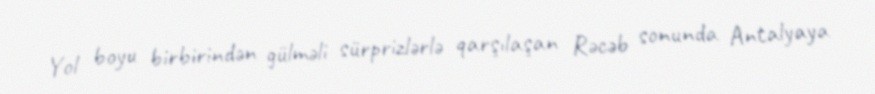
Yol boyu birbirindən gülməli sürprizlərlə qarşılaşan Rəcəb sonunda Antalyaya